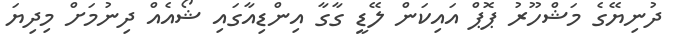
ދުނިޔޭގެ މަޝްހޫރު ޕޮޕް އައިކަން ލޭޑީ ގާގާ އިންޑިއާގައި ޝޯއެއް ދިނުމަށް މިދިޔަ